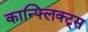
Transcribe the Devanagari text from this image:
कान्फ्लिक्ट्स